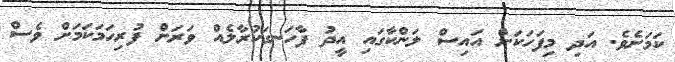
ކަމަށެވެ. އަދި މިފަހަކަށް އައިސް ލަންކާގައި އީދު ފާހަނގަކުރާލެއް ވަރަށް ފުރިހަމަކަމަށް ވެސް